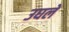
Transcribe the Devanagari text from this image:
उघले